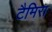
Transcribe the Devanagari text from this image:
टैमिरा